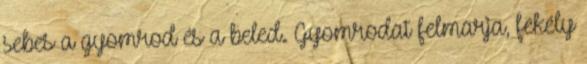
sebes a gyomrod és a beled. Gyomrodat felmarja, fekély